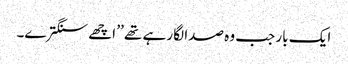
ایک بار جب وہ صدا لگا رہے تھے ’’ اچھے سنگترے۔